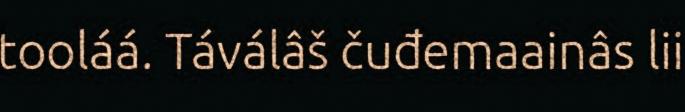
tooláá. Táválâš čuđemaainâs lii